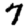
Digit: 7